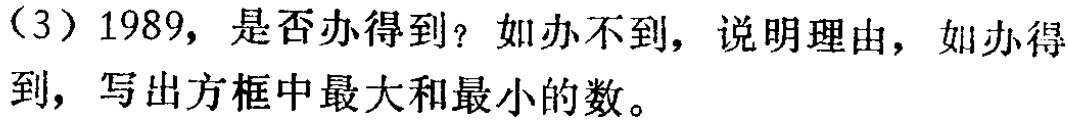
（3）1989，是否办得到？如办不到，说明理由，如办得 到，写出方框中最大和最小的数。